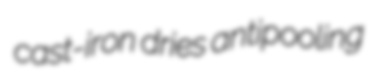
cast-iron dries antipooling